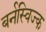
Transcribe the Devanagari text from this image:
बर्नस्विज्क